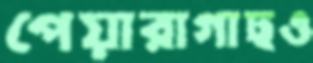
পেয়ারাগাছও